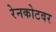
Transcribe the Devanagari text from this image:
रेनकोटवर